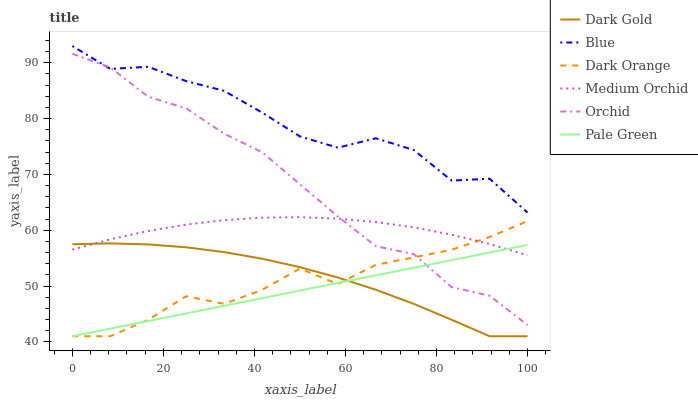
| xaxis_label | Dark Gold | Blue | Dark Orange | Medium Orchid | Orchid | Pale Green |
 | --- | --- | --- | --- | --- | --- | --- |
 | 0 | 57.5 | 93 | 41 | 56.5 | 91.6 | 41 |
 | 8.33 | 57.6 | 88.9 | 41 | 58.4 | 89.1 | 42.4 |
 | 16.7 | 57.5 | 89.3 | 44 | 59.9 | 83.9 | 43.7 |
 | 25 | 56.9 | 86.7 | 48.2 | 61 | 81.8 | 45.1 |
 | 33.3 | 56.1 | 85 | 46.8 | 61.8 | 77.3 | 46.5 |
 | 41.7 | 54.9 | 81.1 | 49.3 | 62.2 | 74 | 47.8 |
 | 50 | 53.4 | 76.8 | 53.1 | 62.3 | 68.2 | 49.2 |
 | 58.3 | 51.5 | 74.8 | 50.4 | 62.1 | 62.4 | 50.5 |
 | 66.7 | 49.3 | 76.5 | 53.8 | 61.5 | 57.1 | 51.9 |
 | 75 | 46.8 | 74.4 | 55.1 | 60.5 | 55.7 | 53.3 |
 | 83.3 | 44 | 68.9 | 56.5 | 59.2 | 49.8 | 54.6 |
 | 91.7 | 41 | 69.2 | 58.8 | 57.5 | 48.3 | 56 |
 | 100 | 41 | 63.2 | 61.6 | 55.5 | 43 | 57.4 |